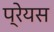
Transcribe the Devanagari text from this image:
प्रेयस